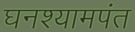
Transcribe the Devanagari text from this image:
घनश्यामपंत